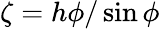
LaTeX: \zeta=h\phi/\sin\phi